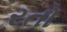
રતો